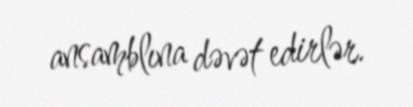
ansamblına dəvət edirlər.